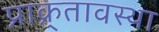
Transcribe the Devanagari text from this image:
प्राक्र्तावस्था